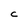
Character: C